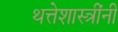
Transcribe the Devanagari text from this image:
थत्तेशास्त्रींनी